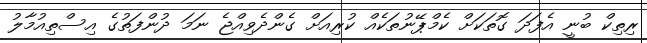
ރިތިކް ބުނީ އެފަދަ ގޮތަކަށް ކެމްޕޭނުތަކެއް ކުރިއަށް ގެންދެވިއްޖެ ނަމަ ދުންފަތުގެ އިސްތިއުމާލު